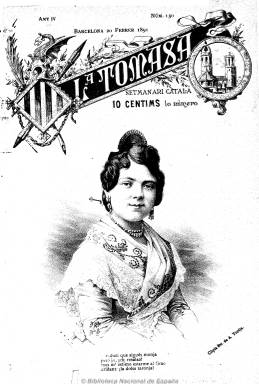
Título: La Tomasa (Barcelona)
Colección: Revistas satíricas y humorísticas
Ámbito geográfico: Barcelona
Lugar de publicación: Barcelona
Fechas: 20/02/1891-15/01/1903

Lleva el subtítulo “setmanari catalá”, se dice “periodico festiu, il-lustrat y literari” y está escrito completamente en lengua catalana. De el dijeron Torrent y Tasis (1966) que “no ha dejado mucho rastro en la historia de nuestro periodismo, tal vez precisamente porque evitaba las polémicas, que son el pan y la sal de la prensa -y que a veces llegan a producirle indigestiones mortales-, y se mantenía en un terreno estrictamente literario, catalanista como máximo, pero sin incursiones en el campo de la política”.

Estuvo publicándose desde el dos de septiembre de 1888 hasta el 28 de diciembre de 1907, aunque con este título –que tomó del nombre de una campana muy popular en la sede arzobispal barcelonesa- se publicaron por vez primera cuatro números durante el reinado de Amadeo de Saboya, desde el 30 de mayo al 16 de junio de 1872, en sustitución de L’Esquella de la Torratxa, que a su vez había sustituido, también durante otros cuatro números, a La Campana de Gràcia, otro semanario ilustrado, mordaz y combativo de carácter republicano y anticlerical, y que habían sido suspendidos temporalmente por el gobernador civil de la provincia.

De entre el más del medio centenar de periódicos humorísticos, en su mayor parte redactados en catalán, que fueron apareciendo en Barcelona a partir de 1875, Gómez Aparicio (1971) indica que pocos sobrepasaron el año de existencia. Pero este no fue el caso de los semanarios citados, pues la nueva etapa en publicación que iniciarán en 1879 tanto L’Esquella… como La Campana… alcanzaría hasta 1939 y 1934, respectivamente, mientras que La Tomasa consiguió cierta popularidad y también una vida bastante dilatada, pues estaría editándose más de una veintena de años, hasta alcanzar su número 1.007.

Su primer propietario fue Joan Miró y su primer director literario, Simó Alsina i Clos, ocupándose de la parte artística Ramón Escaler. Más tarde pasará a manos de Ramón Ribera, quien dará la dirección del semanario al acreditado periodista y dramaturgo barcelonés Antoni Ferrer i Codina (1837-1905). Los últimos números se publicarán bajo la dirección de Artur Guash i Tombas. Sus entregas, que aparecen cada miércoles, serán de ocho, doce, catorce o dieciséis páginas, compuestas a dos o tres columnas, y fueron estampadas en varias imprentas, entre estas en la Litografía de Ribera y Estany.

Entre su larga nómina de colaboradores literarios se encuentran Josep Barbany (que firma Pepet del Carril), Conrad Roure, A. Bori i Fontestà, Jep de Jespus, J. Riera i Bertran, Josep Asmarats (J. Staramsa), F. Ubach i Vinyent, Emili Coca i Collado, F. Dalmases Gil, LLuís Millà o Manuel Folch i Torres. Entre las firmas de sus dibujantes aparecen las de J. Robert, L. Roig, A. Figuer, F. Xumetra o Josep Costa (Picarol), entre otras muchas.

La colección de este título en la Biblioteca Nacional de España corresponde solo a los años 1891 y 1894, faltándole algunos números y siendo su foliación anual continuada, además de un número de 1903 ingresado por donativo. Durante los primeros años publica una sección bajo el epígrafe Galeria de celebritats, con caricaturas de los más populares escritores y artistas y personajes eminentes de las ciencias. Su portada está ocupada por completo por un dibujo, generalmente por retratos de mujeres (copias de fotografías de A. Torija o de A. Esplugos), algunas veces ligeras de ropa, por lo que la revista tuvo ciertos toques, además de alegres, eróticos. Otras ilustraciones y grabados ocupan algunas otras planas interiores enteras, algunas a doble página, con pies de texto y marcado carácter humorístico y alegre.

Sus contenidos textuales aparecen escritos tanto en prosa como en verso. Sus entregas comienzan con una Crónica de la setmana, a veces firmada por Doctor Geroni, sus poemas son festivos y humorísticos y los artículos, de matiz costumbrista. Tiene una sección dedicada a la información de los teatros barceloneses, y al final tiene otra con charadas, anagramas, jeroglíficos, logogrifos o epigramas. Los ya citados Torrent y Tasis le dan a este semanario un carácter más literario y festivo, muy moderado en la sátira política, aunque seguía la tradición popular de criticar la política municipal, señalan. El precio del ejemplar era de diez céntimos, el de la prensa humorística de la época.

Muchos literatos catalanes escribieron en su lengua vernácula, y además de los citados, aparecen las firmas de S. Fábregas Casanovas, A. Rossel, Joan Plana, Salvador Bonavía, Josep Mª Codolosa, Rossendo Pons, Jaime Novella de Molins, J. Casanova Ventura, J. Balil Martin, Francesch Marull, Francisca Rabell de Ayné, Joan Tarré, J. Barnay y el seudónimo Amadeo. Otras firmas de dibujantes son las de E. Pastor, Castelló, Ruselló, Cilla y Tovar.

A partir de 1890 se edita la publicación anual Almanach de La Tomasa, también con dibujos, grabados, cromos, artículos, cuentos, poesías y epigramas, entre otros contenidos.

[Descripción modificada el 10/10/2022]